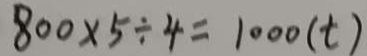
8 0 0 \times 5 \div 4 = 1 0 0 0 ( t )